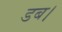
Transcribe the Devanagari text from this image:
डब।